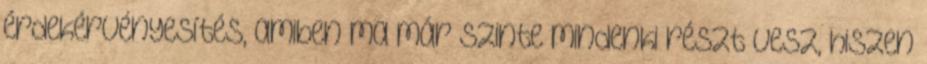
érdekérvényesítés, amiben ma már szinte mindenki részt vesz, hiszen